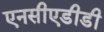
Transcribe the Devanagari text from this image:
एनसीएडीडी